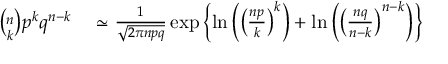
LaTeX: \begin{array} { r l } { { \binom { n } { k } } p ^ { k } q ^ { n - k } } & { { } \simeq { \frac { 1 } { \sqrt { 2 \pi n p q } } } \exp \left\{ \ln \left( \left( { \frac { n p } { k } } \right) ^ { k } \right) + \ln \left( \left( { \frac { n q } { n - k } } \right) ^ { n - k } \right) \right\} } \end{array}